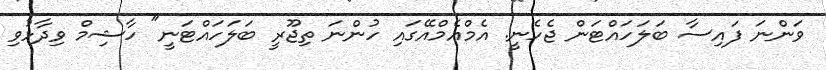
ވަންނަ ފައިސާ ބަލަހައްޓަން ޖެހެނީ. އެމްއެމްއޭގައި ހުންނަ ތިޖޫރީ ބަލަހައްޓަނީ" ހާޝިމް ވިދާޅުވި